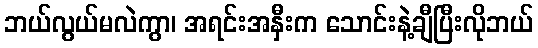
ဘယ်လွယ်မလဲကွာ၊ အရင်းအနှီးက သောင်းနဲ့ချီပြီးလိုဘယ်